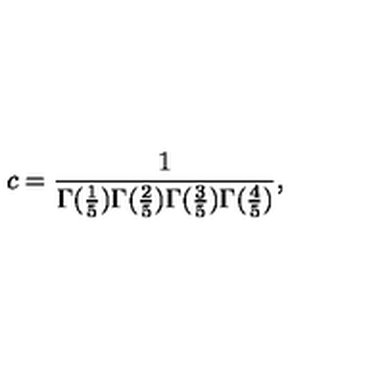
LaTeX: c = \frac { 1 } { \Gamma ( \frac { 1 } { 5 } ) \Gamma ( \frac { 2 } { 5 } ) \Gamma ( \frac { 3 } { 5 } ) \Gamma ( \frac { 4 } { 5 } ) } ,